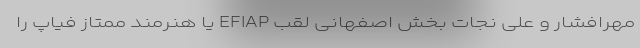
مهرافشار و علی نجات بخش اصفهانی لقب EFIAP یا هنرمند ممتاز فیاپ را